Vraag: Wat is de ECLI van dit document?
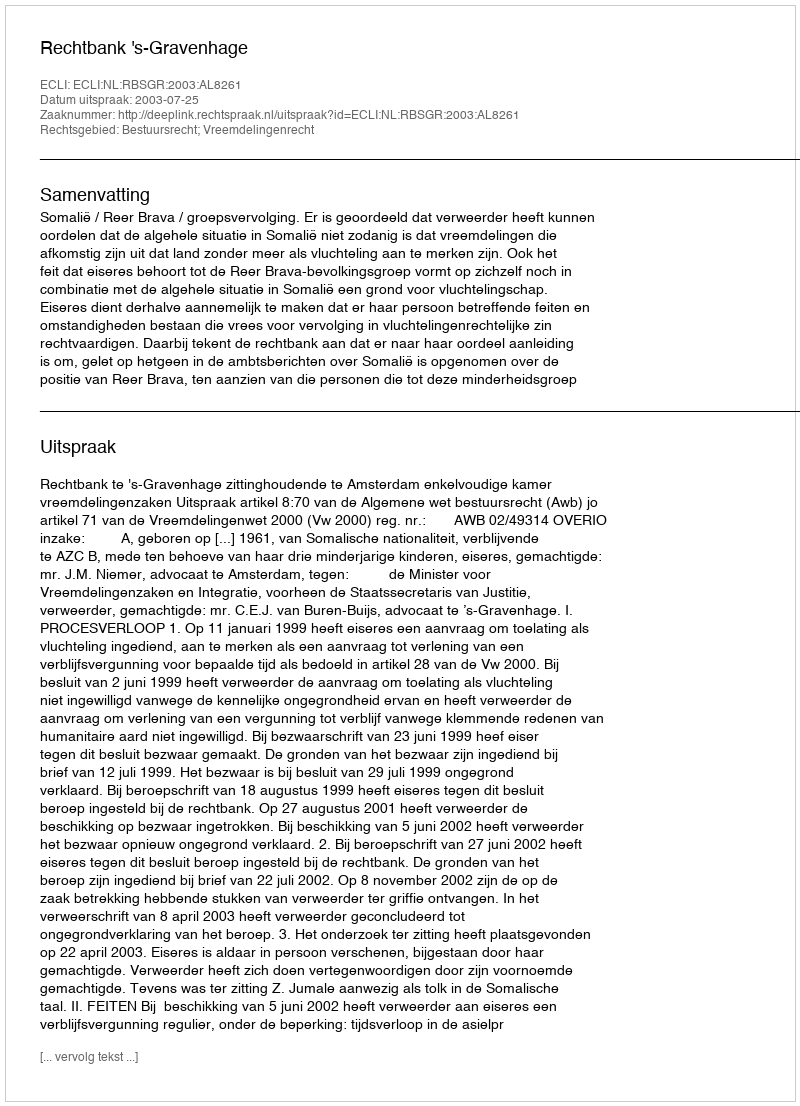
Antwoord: ECLI:NL:RBSGR:2003:AL8261